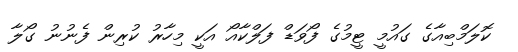
ކޮލަމްބިއާގެ ގައުމީ ޓީމުގެ ފޯވަޑް ފަލްކާއޯ އަކީ މިހާރު ކުރިން ފެނުނު ގޯލާ